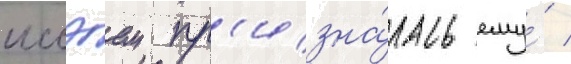
иссэем пр'изна́лась ему́ /